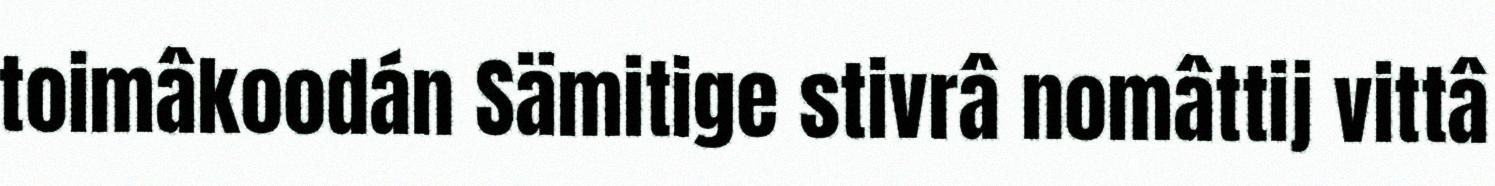
toimâkoodán Sämitige stivrâ nomâttij vittâ